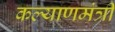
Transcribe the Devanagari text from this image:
कल्याणमंत्री